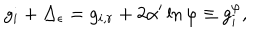
LaTeX: g _ { i } + \Delta _ { \epsilon } = g _ { i , r } + 2 \alpha ^ { \prime } \ln \varphi \equiv g _ { i } ^ { \varphi } ,